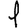
Digit: 1